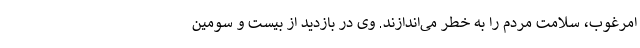
امرغوب، سلامت مردم را به خطر می‌اندازند. وی در بازدید از بیست و سومین